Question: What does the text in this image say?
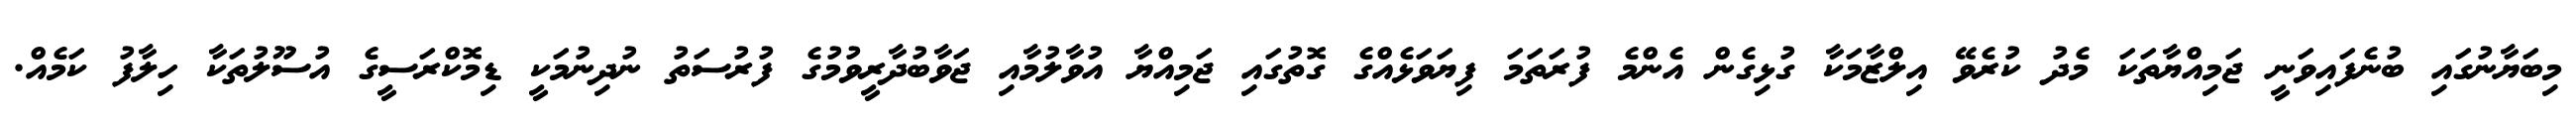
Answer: މިބަޔާނުގައި ބުނެފައިވަނީ ޖަމިއްޔާތަކަ މެދު ކުރެވޭ އިލްޒާމަކާ ގުޅިގެން އެންމެ ފުރަތަމަ ފިޔަވަޅެއްގެ ގޮތުގައި ޖަމިއްޔާ އުވާލުމާއި ޖަވާބުދާރީވުމުގެ ފުރުސަތު ނުދިނުމަކީ ޑިމޮކްރަސީގެ އުސޫލުތަކާ ހިލާފު ކަމެއް.